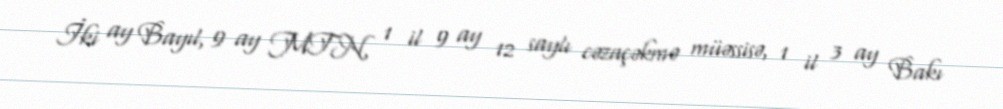
İki ay Bayıl, 9 ay MTN, 1 il 9 ay 12 saylı cəzaçəkmə müəssisə, 1 il 3 ay Bakı